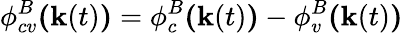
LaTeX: \phi_{cv}^{B}\textbf{(}\textbf{k}(t)\textbf{)}=\phi_{c}^{B}\textbf{(}\textbf{k}(t)\textbf{)}-\phi_{v}^{B}\textbf{(}\textbf{k}(t)\textbf{)}